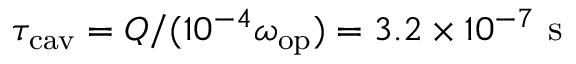
\tau _ { \mathrm { c a v } } = Q / ( 1 0 ^ { - 4 } \omega _ { \mathrm { o p } } ) = 3 . 2 \times 1 0 ^ { - 7 } ~ \mathrm { s }